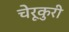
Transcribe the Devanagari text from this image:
चेरूकुरी